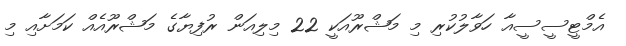
އެމްޓީސީސީއާ ހަވާލުކުރި މި މަޝްރޫއަކީ 22 މިލިއަން ރުފިޔާގެ މަޝްރޫއެއް ކަމަށާއި މި